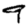
Digit: 9